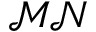
\mathcal { M N }